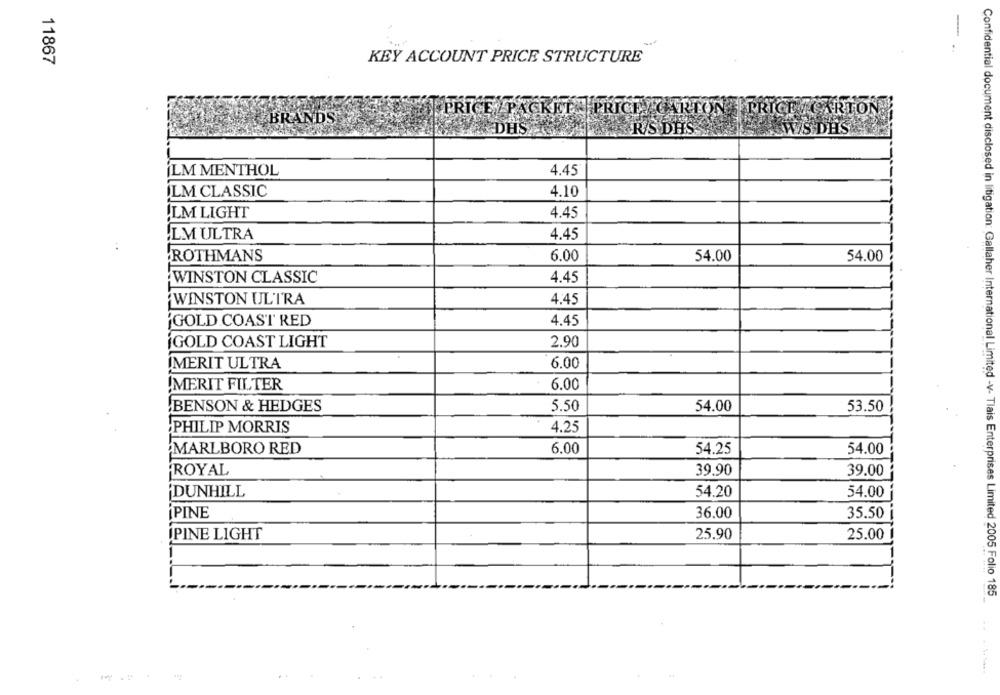
-
..
11867
KEY ACCOUNT PRICE STRUCTURE
PRICE PACKET |PRICE ! CARTON | PRICE CARTON !
BRANDS
DHS
KRIS DHS
WIS DHS
ILM MENTHOL
4.45
LM CLASSIC
4.10
ILM LIGHT
4.45
ILM ULTRA
4.45
54.00
ROTHMANS
6.00
54.00
WINSTON CLASSIC
4.45
WINSTON ULTRA
4.45
'GOLD COAST RED
4.45
GOLD COAST LIGHT
2.90
MERIT ULTRA
6.00
!MERIT FILTER
6.00
BENSON & HEDGES
5.50
54.00
53.50
PHILIP MORRIS
4.25
MARLBORO RED
6.00
54.25
54.00
ROYAL
39.90
39.00
DUNHILL
54.20
54.00
PINE
36.00
35.50
PINE LIGHT
25.90
25.00
Confidential document disclosed in litigation: Gallaher International Limited -v- Tlais Enterprises Limited 2005 Folio 185